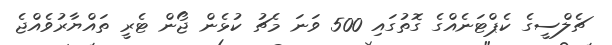
ޗެލްސީގެ ކެޕްޓަނެއްގެ ގޮތުގައި 500 ވަނަ މެޗު ކުޅެން ޖޯން ޓެރީ ތައްޔާރުވެއްޖެ